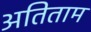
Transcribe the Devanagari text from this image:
अतिताम